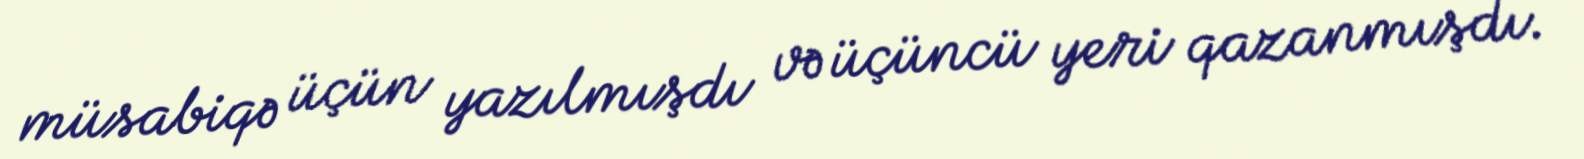
müsabiqə üçün yazılmışdı və üçüncü yeri qazanmışdı.